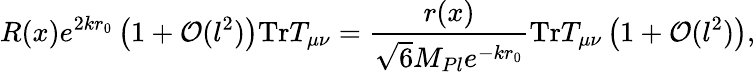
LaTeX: R(x)e^{2kr_{0}}\left(1+{\cal O}(l^{2})\right)\mathrm{Tr}T_{\mu\nu}=\frac{r(x)}{\sqrt{6}M_{Pl}e^{-kr_{0}}}\mathrm{Tr}T_{\mu\nu}\left(1+{\cal O}(l^{2})\right),